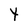
Character: Y